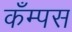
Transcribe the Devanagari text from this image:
कँम्पस